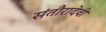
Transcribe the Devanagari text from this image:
संतौरादेवी